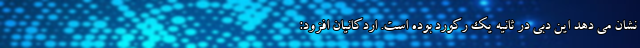
نشان می دهد این دبی در ثانیه یک رکورد بوده است. اردکانیان افزود: